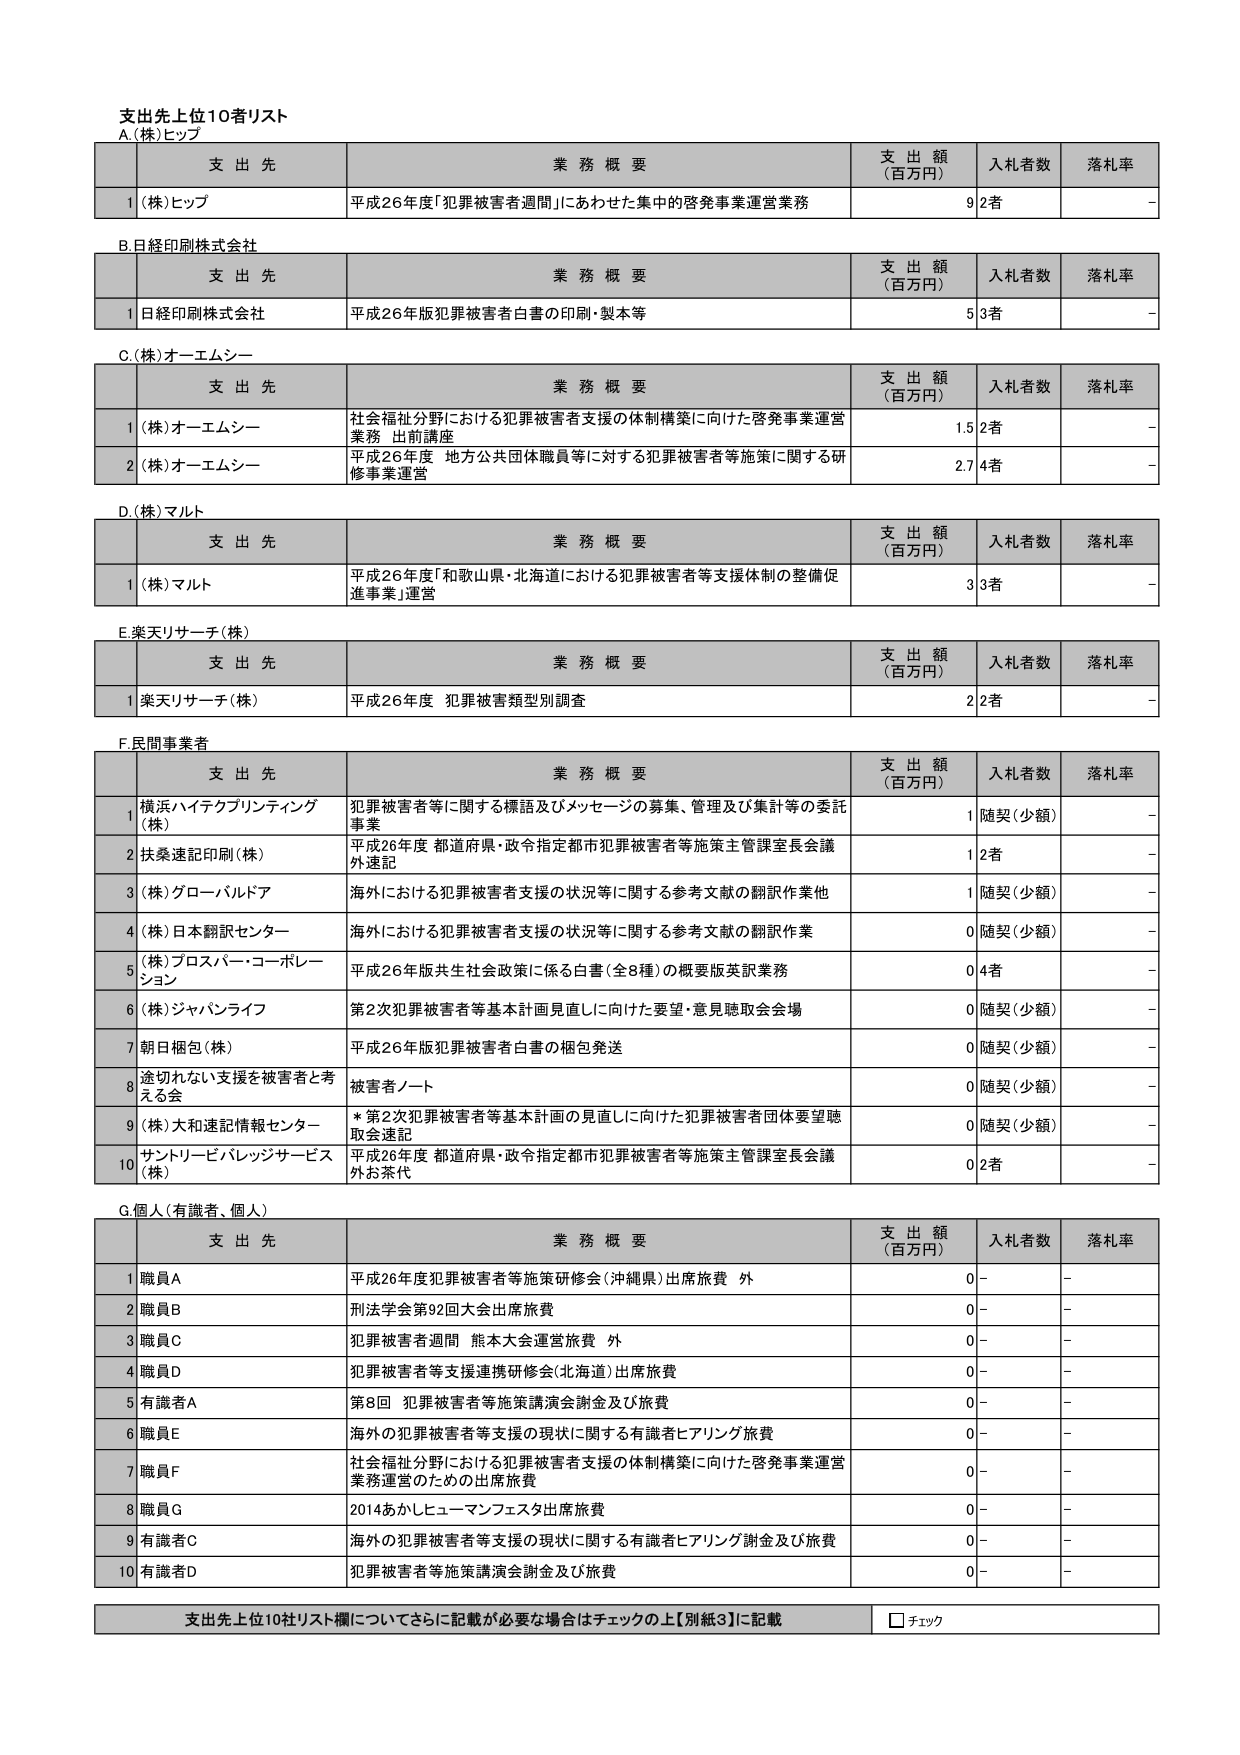
支出先上位10者リスト
A.(株)ヒップ

支 出 先　　　　　　　　　　　　　　　業 務 概 要　　　　　　　　　　　　　　　支 出 額（百万円）　入札者数　落札率
1 (株)ヒップ　　　　　　　　　　　平成26年度「犯罪被害者週間」にあわせた集中的啓発事業運営業務　　　　　9　2者　　　－

B.日経印刷株式会社

支 出 先　　　　　　　　　　　　　　　業 務 概 要　　　　　　　　　　　　　　　支 出 額（百万円）　入札者数　落札率
1 日経印刷株式会社　　　　　　　平成26年度版犯罪被害者白書の印刷・製本等　　　　　　　　　5　3者　　　－

C.(株)オーエムシー

支 出 先　　　　　　　　　　　　　　　業 務 概 要　　　　　　　　　　　　　　　支 出 額（百万円）　入札者数　落札率
1 (株)オーエムシー　　　　　　　社会福祉分野における犯罪被害者支援の体制構築に向けた啓発事業運営業務 出前講座　　　　　　　　　1.5　2者　　　－
2 (株)オーエムシー　　　　　　　平成26年度 地方公共団体職員等に対する犯罪被害者等施策に関する研修事業運営　　　　　　　　　2.7　4者　　　－

D.(株)マルト

支 出 先　　　　　　　　　　　　　　　業 務 概 要　　　　　　　　　　　　　　　支 出 額（百万円）　入札者数　落札率
1 (株)マルト　　　　　　　　　平成26年度「和歌山県・北海道における犯罪被害者等支援体制の整備促進事業」運営　　　　　　　　　3　3者　　　－

E.楽天リサーチ(株)

支 出 先　　　　　　　　　　　　　　　業 務 概 要　　　　　　　　　　　　　　　支 出 額（百万円）　入札者数　落札率
1 楽天リサーチ(株)　　　　　　　平成26年度 犯罪被害類型別調査　　　　　　　　　　　　　　　2　2者　　　－

F.民間事業者

支 出 先　　　　　　　　　　　　　　　業 務 概 要　　　　　　　　　　　　　　　支 出 額（百万円）　入札者数　落札率
1 横浜ハイテクプリントイング(株)　　　犯罪被害者等に関する標語及びメッセージの募集、管理及び集計等の委託事業　　　　　　　　　1　随契（少額）　－
2 扶桑速記印刷(株)　　　　　　　平成26年度 都道府県・政令指定都市犯罪被害者等施策主管課室長会議外速記　　　　　　　　　1　2者　　　－
3 (株)グローバルドア　　　　　海外における犯罪被害者支援の状況等に関する参考文献の翻訳作業他　　　　　　　　　1　随契（少額）　－
4 (株)日本翻訳センター　　　　海外における犯罪被害者支援の状況等に関する参考文献の翻訳作業　　　　　　　　　0　随契（少額）　－
5 (株)プロスパ－・コーポレーション　　　平成26年版共生社会政策に係る白書（全8種）の概要版英訳業務　　　　　　　　　0　4者　　　－
6 (株)ジャパンライフ　　　　　第2次犯罪被害者等基本計画見直しに向けた要望・意見聴取会会場　　　　　　　　　0　随契（少額）　－
7 朝日梱包(株)　　　　　　　平成26年版犯罪被害者白書の梱包発送　　　　　　　　　　　　　　　0　随契（少額）　－
8 途切れない支援を被害者と考える会　　　被害者ノート　　　　　　　　　　　　　　　　　　　　　0　随契（少額）　－
9 (株)大和速記情報センター　　　* 第2次犯罪被害者等基本計画の見直しに向けた犯罪被害者団体要望聴取会速記　　　　　　　　　0　随契（少額）　－
10 サントリービバレッジサービス(株)　　　平成26年度 都道府県・政令指定都市犯罪被害者等施策主管課室長会議外お茶代　　　　　　　　　0　2者　　　－

G.個人（有識者、個人）

支 出 先　　　　　　　　　　　　　　　業 務 概 要　　　　　　　　　　　　　　　支 出 額（百万円）　入札者数　落札率
1 職員A　　　　　　　　　　　平成26年度犯罪被害者等施策研修会（沖縄県）出席旅費 外　　　　　　　　　0　－　　　－
2 職員B　　　　　　　　　　　刑法学会92回大会出席旅費　　　　　　　　　　　　　　　　　　　0　－　　　－
3 職員C　　　　　　　　　　　犯罪被害者週間 熊本大会運営旅費 外　　　　　　　　　　　　　　　0　－　　　－
4 職員D　　　　　　　　　　　犯罪被害者等支援連携研修会（北海道）出席旅費　　　　　　　　　0　－　　　－
5 有識者A　　　　　　　　　　第8回 犯罪被害者等施策講演会謝金及び旅費　　　　　　　　　　　0　－　　　－
6 職員E　　　　　　　　　　　海外の犯罪被害者等支援の現状に関する有識者ヒアリング旅費　　　　　　　　　0　－　　　－
7 職員F　　　　　　　　　　　社会福祉分野における犯罪被害者支援の体制構築に向けた啓発事業運営業務運営のための出席旅費　　　　　　　　　0　－　　　－
8 職員G　　　　　　　　　　　2014あかしヒューマンフェスタ出席旅費　　　　　　　　　　　　　0　－　　　－
9 有識者C　　　　　　　　　　海外の犯罪被害者等支援の現状に関する有識者ヒアリング謝金及び旅費　　　　　　　　　0　－　　　－
10 有識者D　　　　　　　　　　犯罪被害者等施策講演会謝金及び旅費　　　　　　　　　　　　　0　－　　　－

支出先上位10社リスト欄についてさらに記載が必要な場合はチェックの上【別紙3】に記載　□ チェック